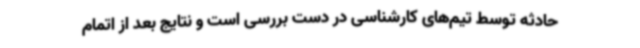
حادثه توسط تیم‌های کارشناسی در دست بررسی است و نتایج بعد از اتمام